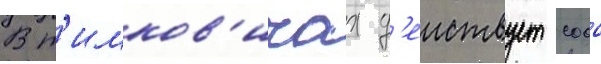
В т'имков'ичах д'еиствует сооо